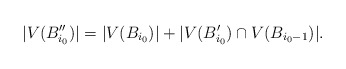
\begin{align*}|V(B''_{i_{0}})|=|V(B_{i_{0}})|+|V(B'_{i_{0}})\cap V(B_{i_{0}-1})|.\end{align*}